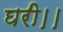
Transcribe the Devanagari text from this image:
घरी।।